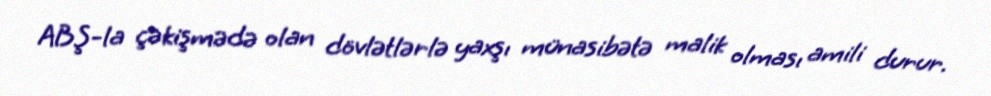
ABŞ-la çəkişmədə olan dövlətlərlə yaxşı münasibətə malik olması amili durur.